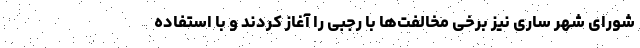
شورای شهر ساری نیز برخی مخالفت‌ها با رجبی را آغاز کردند و با استفاده